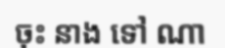
ចុះ នាង ទៅ ណា